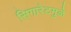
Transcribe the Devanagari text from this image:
सिगारेटमुळे